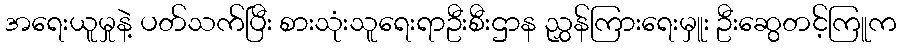
အရေးယူမှုနဲ့ ပတ်သက်ပြီး စားသုံးသူရေးရာဦးစီးဌာန ညွှန်ကြားရေးမှူး ဦးဆွေတင့်ကြူက